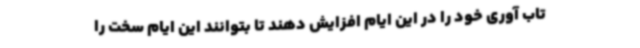
تاب آوری خود را در این ایام افزایش دهند تا بتوانند این ایام سخت را